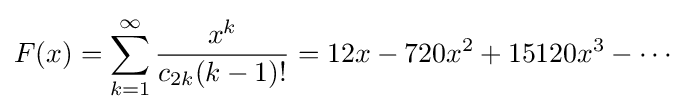
F(x)=\sum _{k=1}^{\infty }{\frac {x^{k}}{c_{2k}(k-1)!}}=12x-720x^{2}+15120x^{3}-\cdots